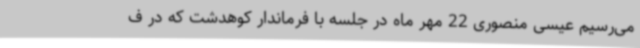
می‌رسیم عیسی منصوری 22 مهر ماه در جلسه با فرماندار کوهدشت که در ف